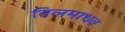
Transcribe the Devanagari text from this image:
तिलमाधव